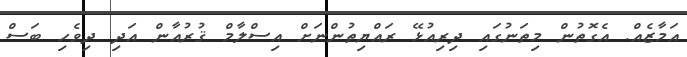
އަމާޒެއް. އެގޮތުން މިތަނުގައި ދިރިއުޅޭ ރައްޔިތުންނަށް އިސްލާމް ޤުރުއާން އަދި ދިވެހި ބަސް